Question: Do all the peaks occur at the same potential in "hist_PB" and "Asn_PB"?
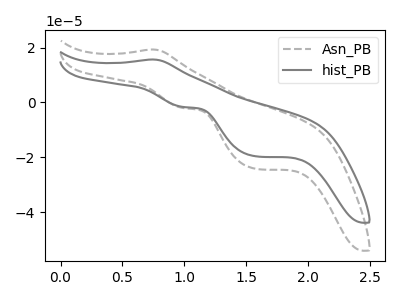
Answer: <think>The gray dashed curve "Asn_PB" has an anodic peak at (0.75V, 19.25uA) and cathodic peaks at (1.00V, -2.05uA) (1.55V, -24.10uA). The gray curve "hist_PB" has an anodic peak at (0.75V, 15.65uA) and cathodic peaks at (1.00V, -1.65uA) (1.55V, -19.55uA).</think>
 <answer>Yes, "hist_PB" have a peak in "Asn_PB" at the same potential.</answer>
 <eval>match</eval>